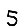
Digit: 5